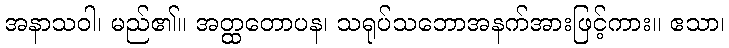
အနာသဝါ၊ မည်၏။ အတ္ထတောပန၊ သရုပ်သဘောအနက်အားဖြင့်ကား။ ဧသာ၊